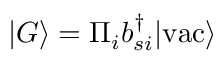
| G \rangle = \Pi _ { i } b _ { s i } ^ { \dagger } | \mathrm { v a c } \rangle